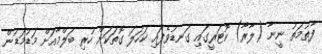
ފާތުމަތު ނީނާ (ލާރާ) ކޮޓަރީގައި ގަނޑުވެފައި ކަހަލަ ގޮތަކަށް ހުރި ބަލްމާއަށް މަޑުމަޑުން